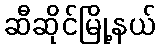
ဆီဆိုင်မြို့နယ်